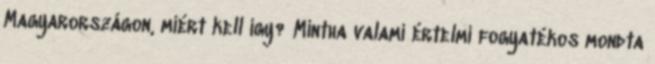
Magyarországon, miért kell így? Mintha valami értelmi fogyatékos mondta